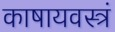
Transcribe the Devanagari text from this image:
काषायवस्त्रं